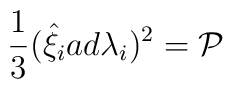
\frac{1}{3}({\hat{\xi}}_iad{\lambda}_i)^2={\cal P}